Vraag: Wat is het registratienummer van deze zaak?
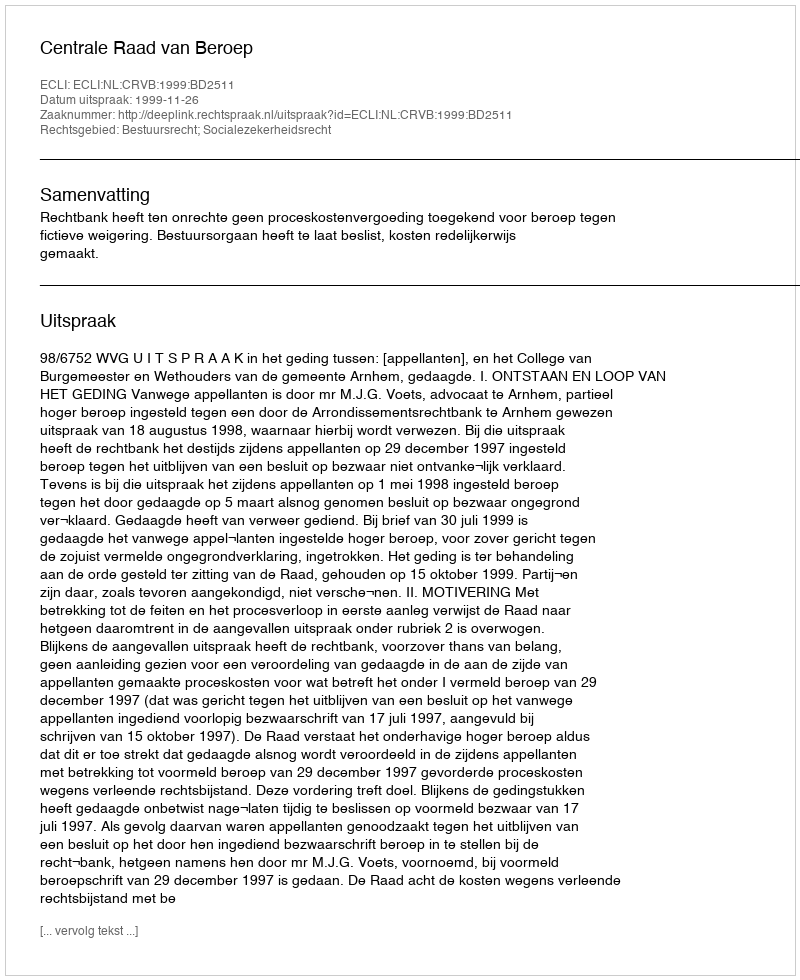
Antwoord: http://deeplink.rechtspraak.nl/uitspraak?id=ECLI:NL:CRVB:1999:BD2511